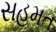
સહમત